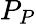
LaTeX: P_{P}